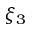
\xi _ { 3 }